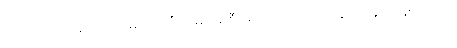
အများအားဖြင့်တော့ မိုးရာသီကျမှ ရေစီးဆင်းသည့် သဲချောင်းများ ဖြစ်သည်။